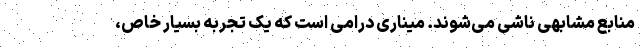
منابع مشابهی ناشی می‌شوند. میناری درامی است که یک تجربه بسیار خاص،